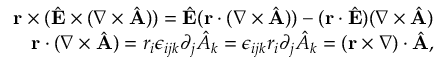
\begin{array} { r l r } & { } & { { \bf r } \times ( \hat { \bf E } \times ( \nabla \times \hat { \bf A } ) ) = \hat { \bf E } ( { \bf r } \cdot ( \nabla \times \hat { \bf A } ) ) - ( { \bf r } \cdot \hat { \bf E } ) ( \nabla \times \hat { \bf A } ) } \\ & { } & { { \bf r } \cdot ( \nabla \times \hat { \bf A } ) = r _ { i } \epsilon _ { i j k } \partial _ { j } \hat { A } _ { k } = \epsilon _ { i j k } r _ { i } \partial _ { j } \hat { A } _ { k } = ( { \bf r } \times \nabla ) \cdot \hat { \bf A } , } \end{array}